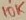
Text: 10K